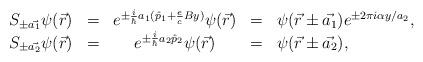
LaTeX: \begin{align*}\begin{array}{rcccl}S_{\pm\vec{a_1}} \psi (\vec{r}) & = & e^{\pm\frac{i}{\hbar}a_1(\hat{p}_1+\frac{e}{c} By)} \psi (\vec{r}) & = & \psi (\vec{r}\pm\vec{a_1})e^{\pm 2\pi i\alpha y/a_2}, \\S_{\pm\vec{a_2}} \psi (\vec{r}) & = & e^{\pm\frac{i}{\hbar}a_2\hat{p}_2}\psi (\vec{r}) & = & \psi (\vec{r}\pm\vec{a_2}) ,\end{array}\end{align*}